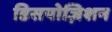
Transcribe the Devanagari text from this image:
डिसपोज़िशन